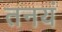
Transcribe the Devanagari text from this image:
तनयं